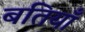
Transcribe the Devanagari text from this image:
बतियाँ